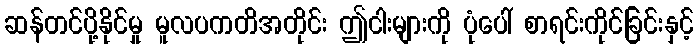
ဆန်တင်ပို့နိုင်မှု မူလပကတိအတိုင်း ဤငါးများကို ပုံပေါ် စာရင်းကိုင်ခြင်းနှင့်